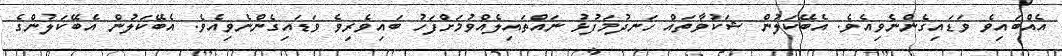
އެއްބައިވެ ވަޑައިގެންނެވިއެވެ. އެބޭކަލުން ޝަކުވާތައް ހަނދުމަފުޅު ނައްތައިލެއްވުމަށްފަހު ބައިވެރިވެ ވަޑައިގެންނެވިއެވެ. އެބޭކަލުން އެބޭކަލުންގެ